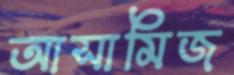
আসামিজ